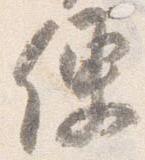
便